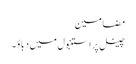
مضامین
چینل پر استنبول میں دباؤ۔